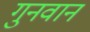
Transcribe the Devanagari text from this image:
गुनवान